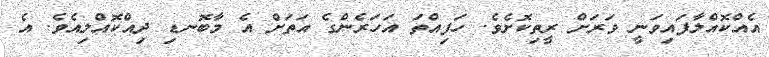
އެއްކޮއްލާފައިވަނީ ވަރަށް ރީތިކޮށެވެ. ހަފިއްތަ އަހަރެންގެ އަތަށް އެ މާބޮނޑި ދިއްކޮއްލިއެވެ. އެ